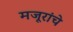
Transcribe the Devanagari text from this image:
मजूरांचे